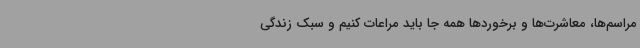
مراسم‌ها، معاشرت‌ها و برخوردها همه جا باید مراعات کنیم و سبک زندگی